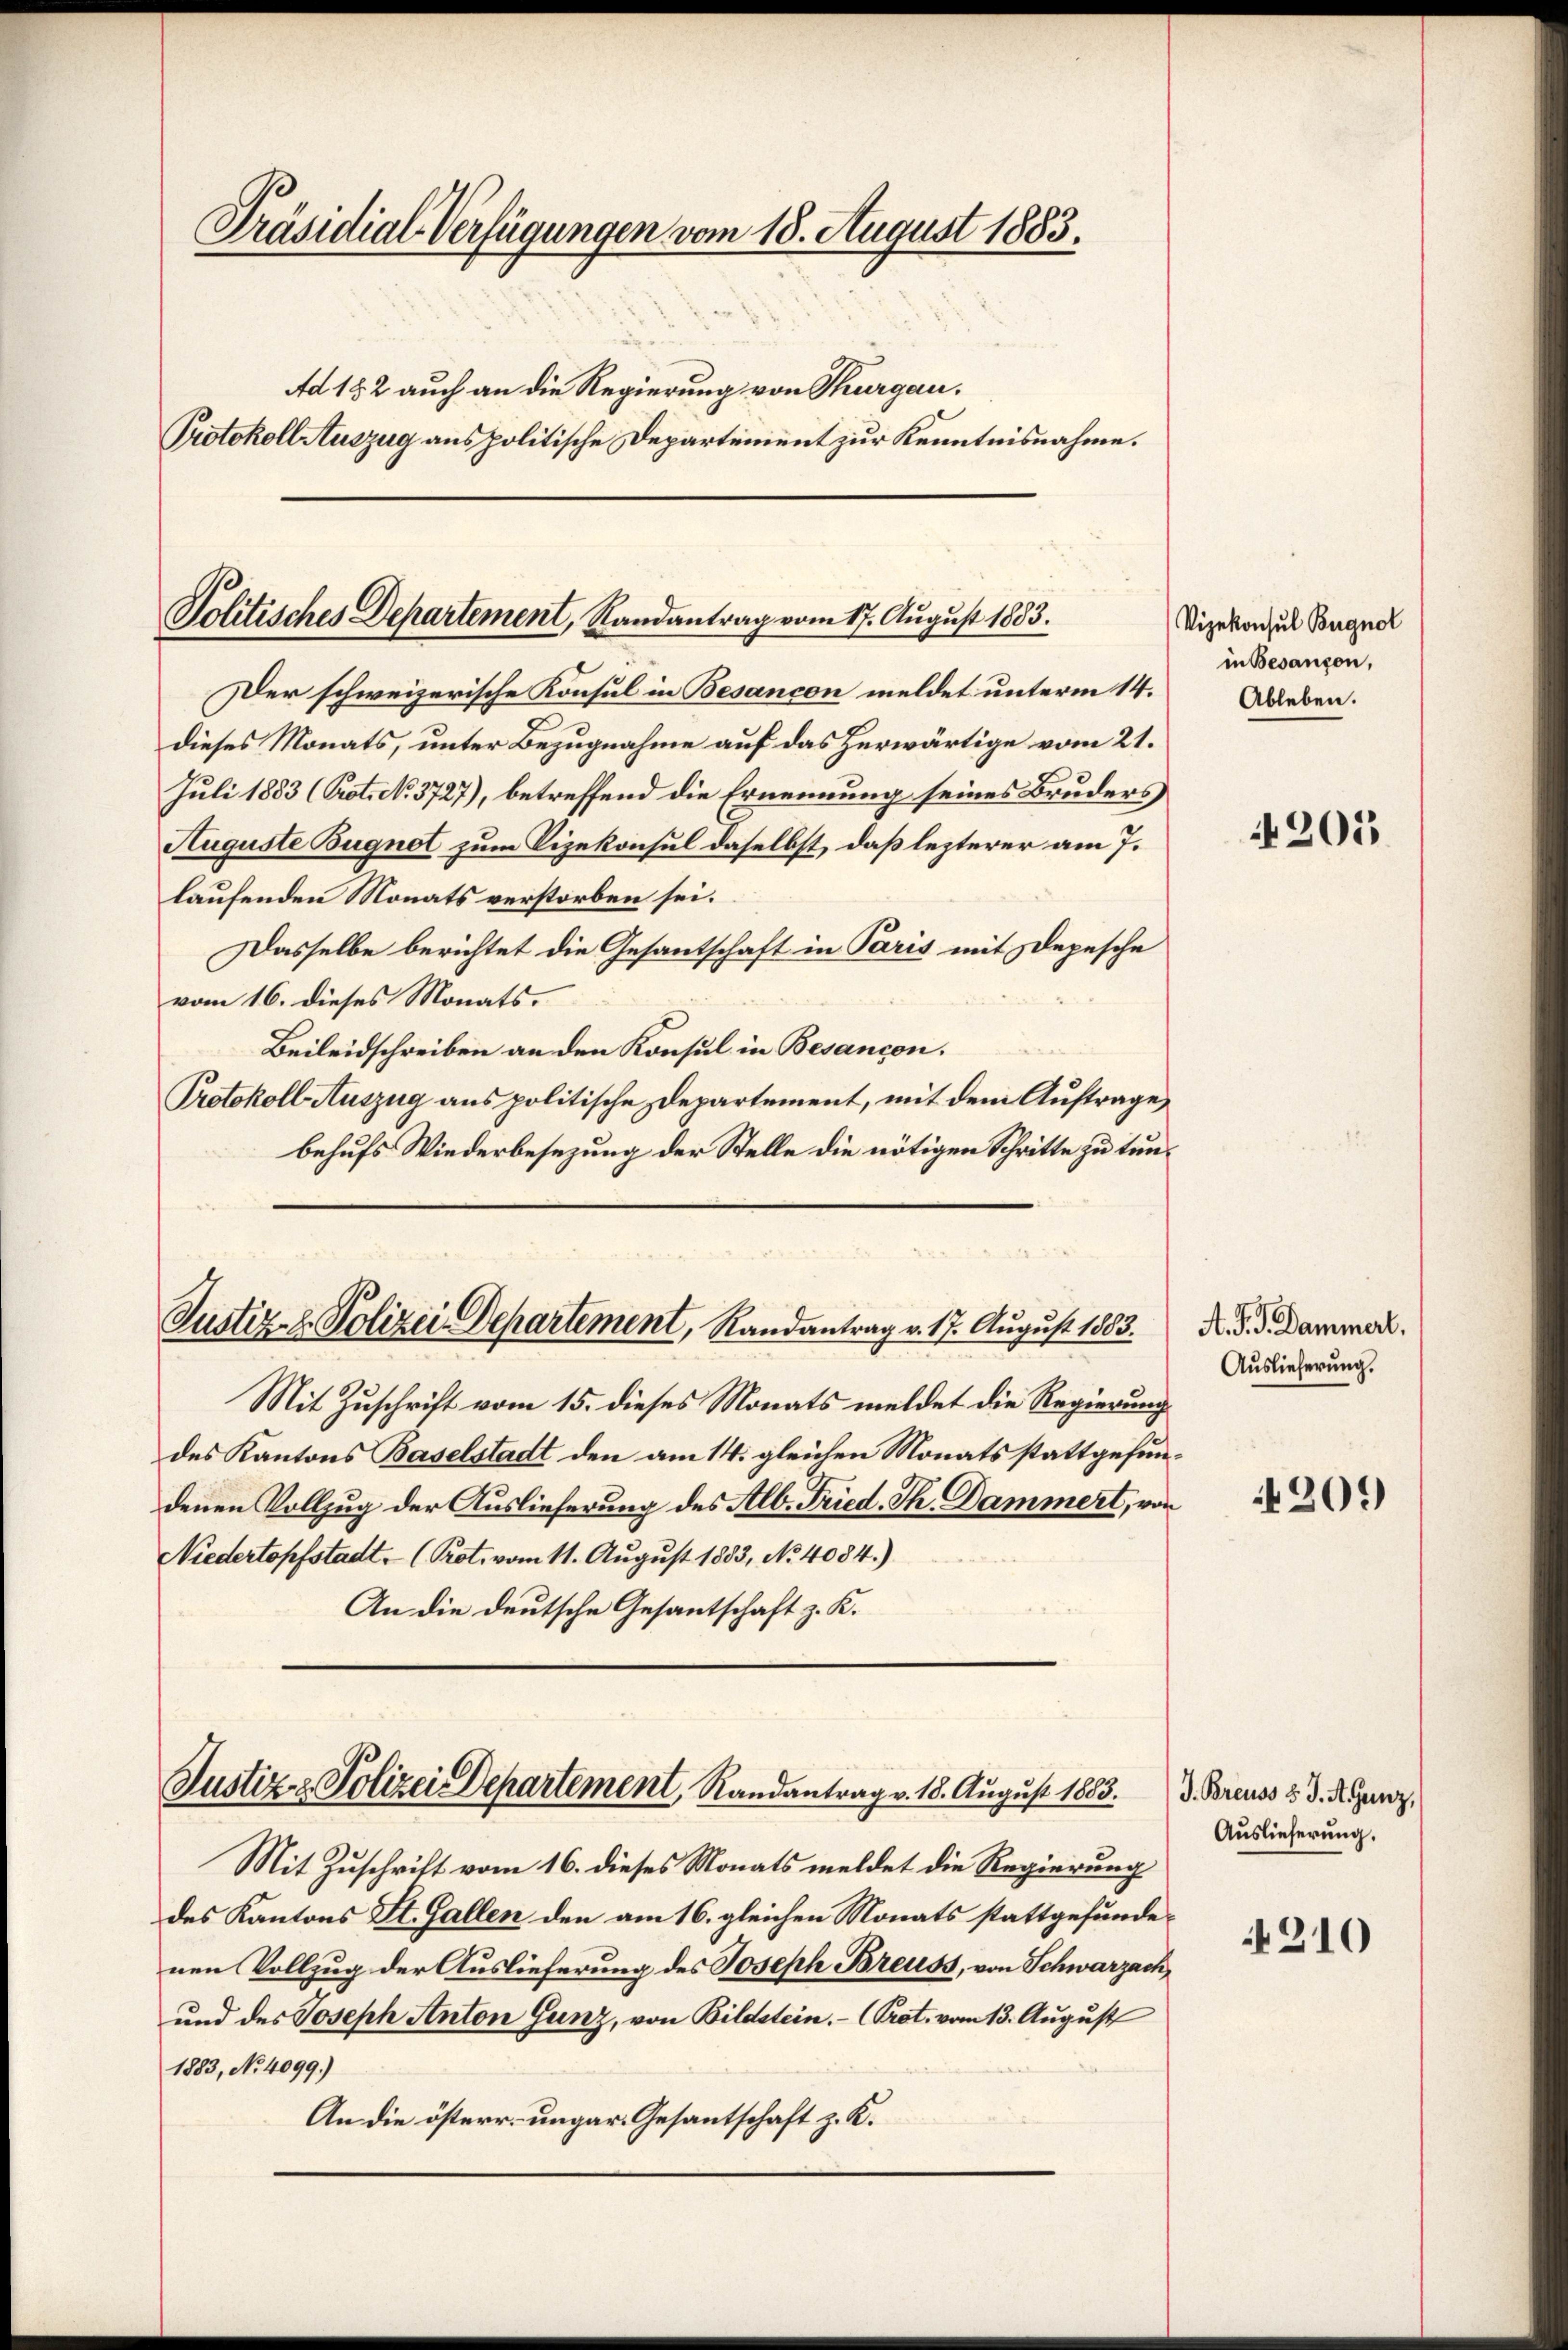
Präsidial-Verfügungen vom 18. August 1883.
Ad 182 auch an die Regierung von Thurgau.
Protokoll Auszug aus politische Departement zur Kenntnisnahme.

Politisches Departement, Randantrag vom 17. August 1883.

Der schweizerische Konsul in Besançon meldet unterm 14.
dieses Monats, unter Bezugnahme auf das herwärtige vom 21.
Juli 1883 (Prot. No. 3727), betreffend die Ernennung seines Bruders
Auguste Bugnot zum Vizekonsul daselbst, daß lezterer am 7.
laufenden Monats verstorben sei.
Dasselbe berichtet die Gesantschaft in Paris mit Depesche
vom 16. dieses Monats.
Beileidschreiben an den Konsul in Besancon.
Protokoll Auszug aus politische Departement, mit dem Auftrage,
behufs Wiederbesezung der Stelle die nötigen Schritte zu tun¬

Justiz- & Polizei Departement, Randantrag v. 17. August 1853.

Justiz- & Polizei Departement, Randantrag v. 18. August 1883.

Mit Zuschrift vom 15. dieses Monats meldet die Regierung
des Kantons Baselstadt den am 14. gleichen Monats stattgefundenen Vollzug der Auslieferung des Alb. Fried. Th. Dammert, von
Niedertopfstadt- (Prot. vom 11. August 1883, No 4084.)
An die deutsche Gesantschaft z. K.

Mit Zuschrift vom 16. dieses Monats meldet die Regierung
des Kantons St. Gallen den am 16. gleichen Monats stattgefundenen Vollzug der Auslieferung des Joseph Breuss, von Schwarzach,
und des Joseph Anton Gunz, von Bildstein. - (Prot. vom 13. August
1883, No 4099.)
An die österr. ungar. Gesantschaft z. K.

Vizekonsul Bugnol
in Besançon,
Ableben.

4205

A. J. J. Dammert.
Auslieferung.

4309)

J. Breuss v. J. AGunz,
Auslieferung.

210